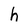
Character: h